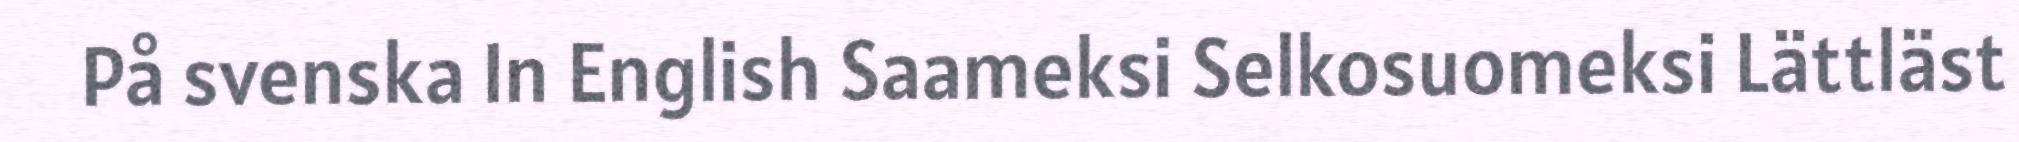
På svenska In English Saameksi Selkosuomeksi Lättläst